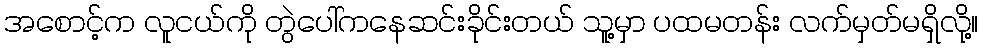
အစောင့်က လူငယ်ကို တွဲပေါ်ကနေဆင်းခိုင်းတယ် သူ့မှာ ပထမတန်း လက်မှတ်မရှိလို့။